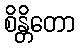
စိန္တိတော